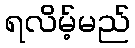
ရလိမ့်မည်